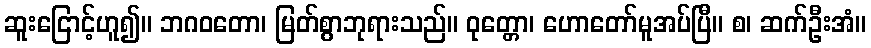
ဆူးငြောင့်ဟူ၍။ ဘဂဝတော၊ မြတ်စွာဘုရားသည်။ ဝုတ္တော၊ ဟောတော်မူအပ်ပြီ။ စ၊ ဆက်ဦးအံ။